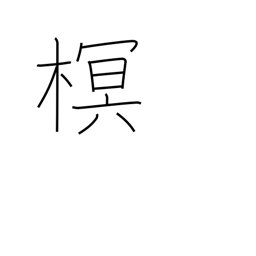
Meaning: type of tree